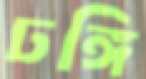
ঢঙ্গি